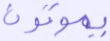
يموتون